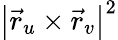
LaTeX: \left|{\vec{r}}_{u}\times{\vec{r}}_{v}\right|^{2}